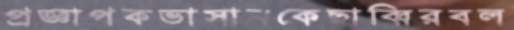
প্রজ্ঞাপকভাসানকেছাব্বিরবল